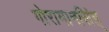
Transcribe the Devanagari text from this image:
गोरामानसिंह्